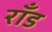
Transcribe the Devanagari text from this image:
राँड